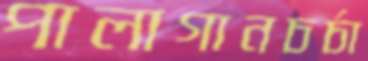
পালাগানচর্চা